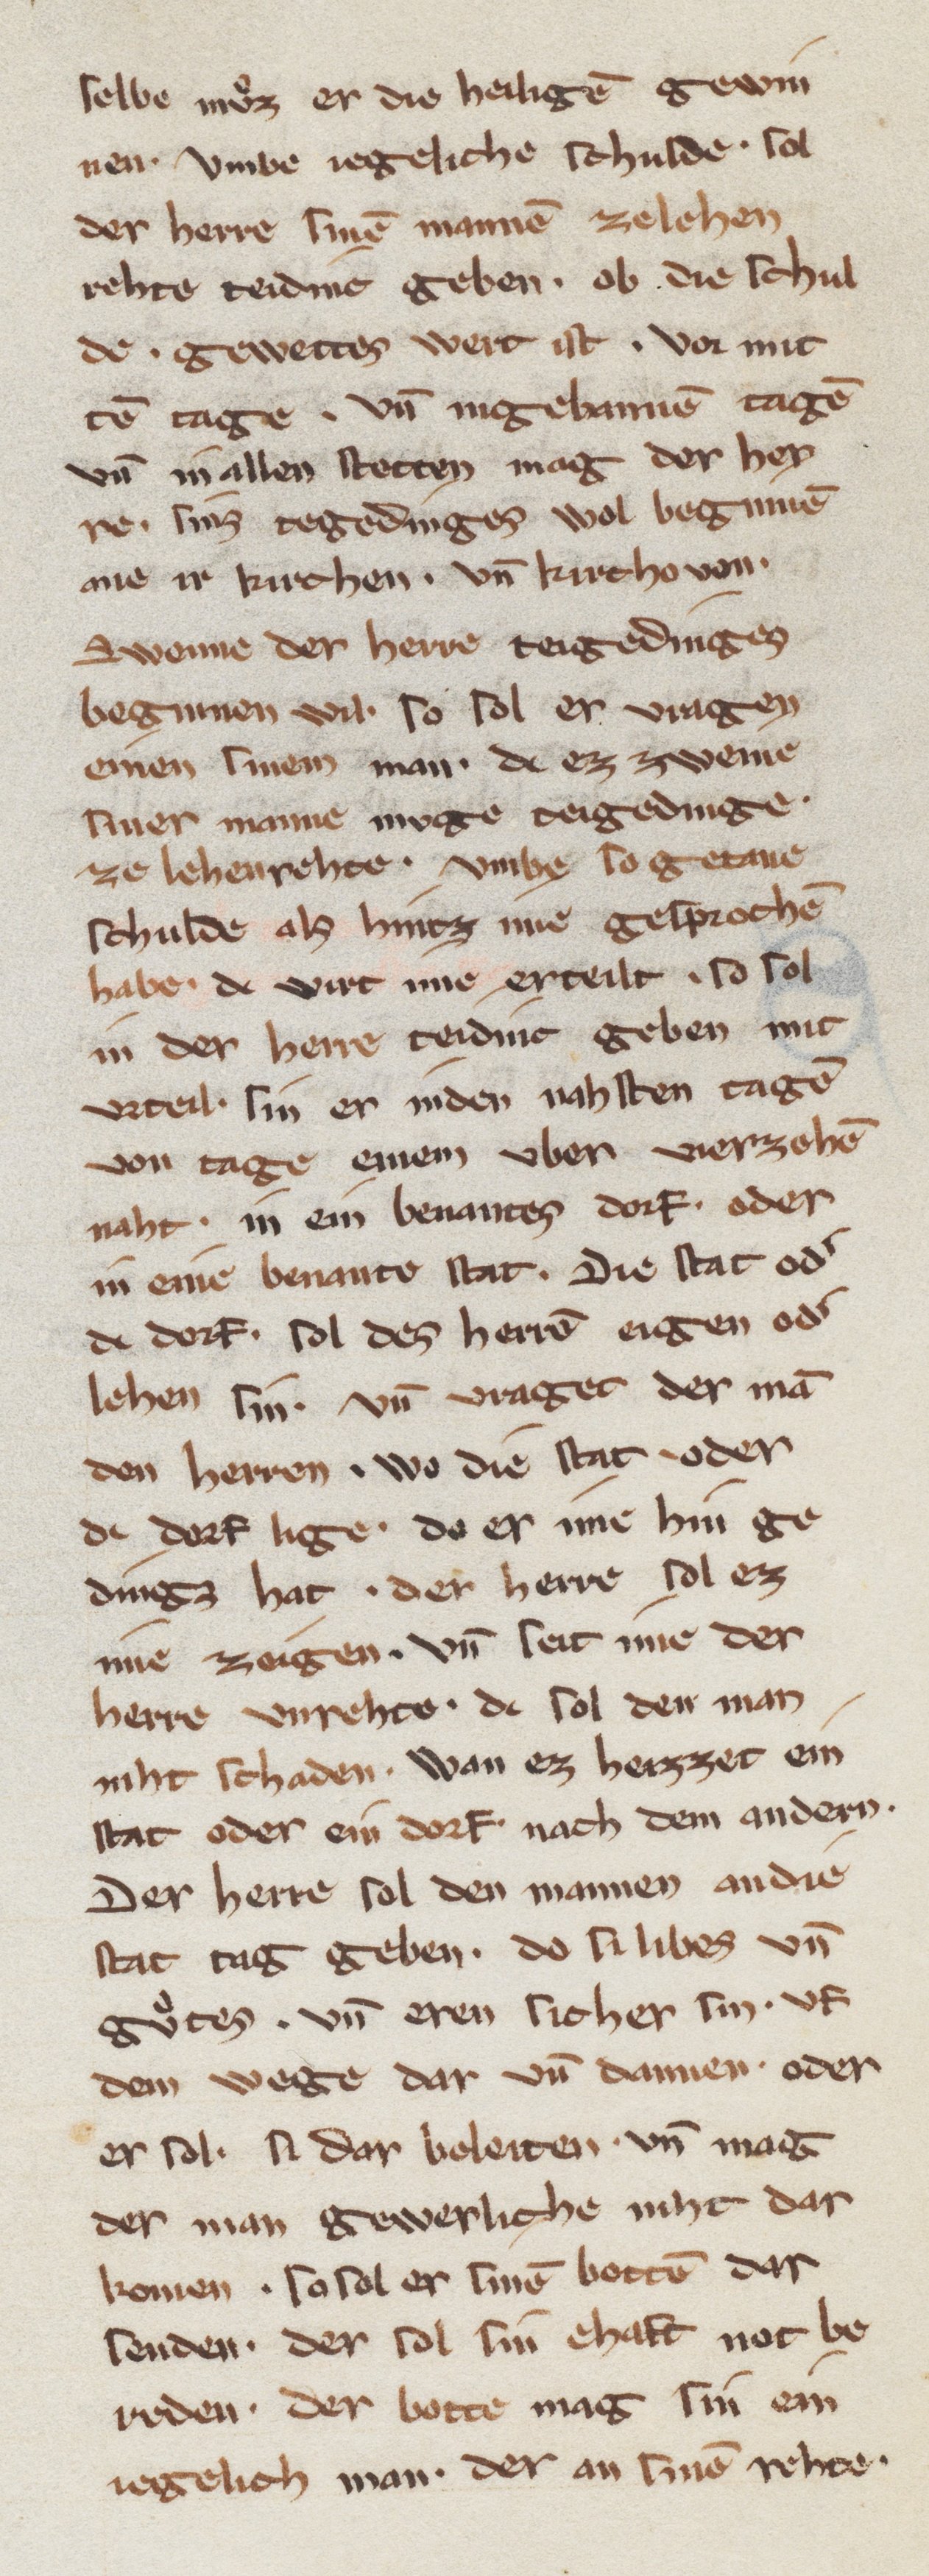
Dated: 1270–1330